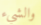
والشيء